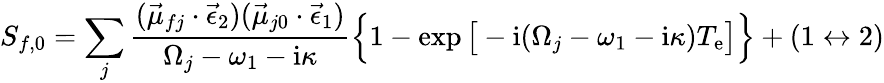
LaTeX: S_{f,0}=\sum_{j}\frac{(\vec{\mu}_{fj}\cdot\vec{\epsilon}_{2})(\vec{\mu}_{j0}\cdot\vec{\epsilon}_{1})}{\Omega_{j}-\omega_{1}-\mathrm{i}\kappa}\Big\{ 1-\exp\big[-\mathrm{i}(\Omega_{j}-\omega_{1}-\mathrm{i}\kappa)T_{\mathrm{e}}\big]\Big\} +(1\leftrightarrow 2)